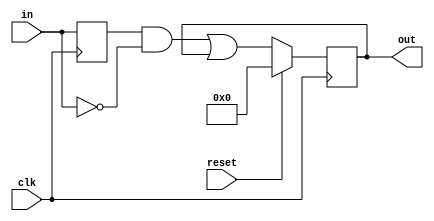
module top_module (
    input clk,
    input reset,
    input [31:0] in,
    output [31:0] out
);
    reg [31:0] temp;
    always @(posedge clk)begin
        temp <= in;
        if (reset) out <= 32'b0;
        else out <= temp & ~in | out;
    end

endmodule